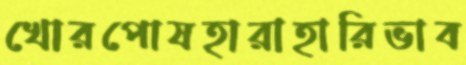
খোরপোষহারাহারিভাব